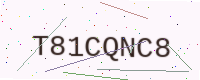
Text: T81CQNC8